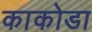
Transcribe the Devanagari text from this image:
काकोडा